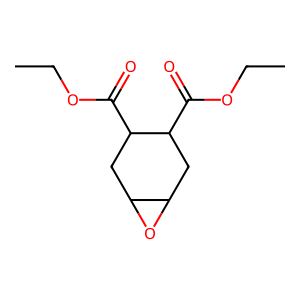
SMILES: CCOC(=O)C1CC2OC2CC1C(=O)OCC
Inhibits HIV replication: No